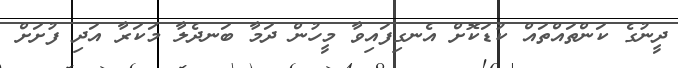
ދީނުގެ ކަންތައްތައް ކުޑަކޮށް އެނގިފައިވާ މީހުން ދަމާ ބަނދެލާ މަކަރާ އަދި ފުށަށް